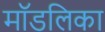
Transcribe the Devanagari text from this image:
मॉडलिका